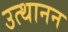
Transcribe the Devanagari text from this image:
उत्थानन